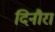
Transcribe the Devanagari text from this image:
दिनौरा